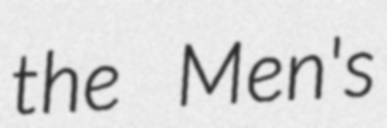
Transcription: the Men's